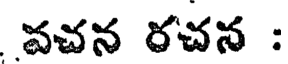
వచన రచన :